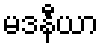
မဒနီယာ